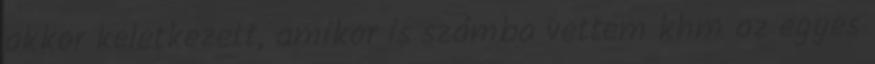
akkor keletkezett, amikor is számba vettem khm az egyes